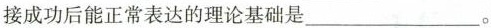
接成功后能正常表达的理论基础是___。